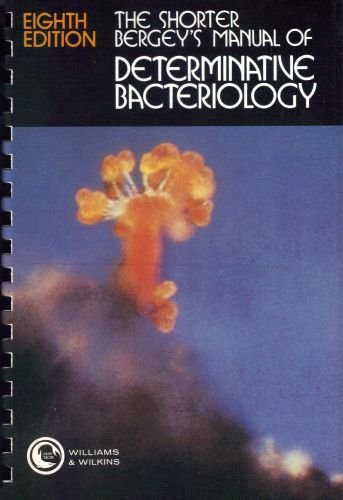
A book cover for The Shorter Bergeys Manual of Determinative Bacteriology; Medical Books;